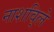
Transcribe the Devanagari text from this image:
नाशवि्ले